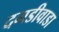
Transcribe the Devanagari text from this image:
दगडीवाडा